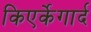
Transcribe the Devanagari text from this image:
किएर्केगार्द